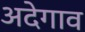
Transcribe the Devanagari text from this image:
अदेगाव